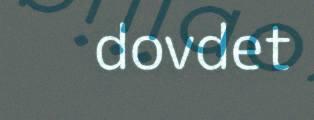
dovdet